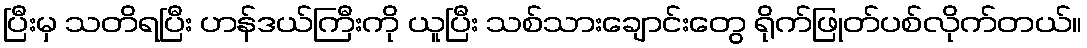
ပြီးမှ သတိရပြီး ဟန်ဒယ်ကြီးကို ယူပြီး သစ်သားချောင်းတွေ ရိုက်ဖြုတ်ပစ်လိုက်တယ်။